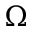
\Omega